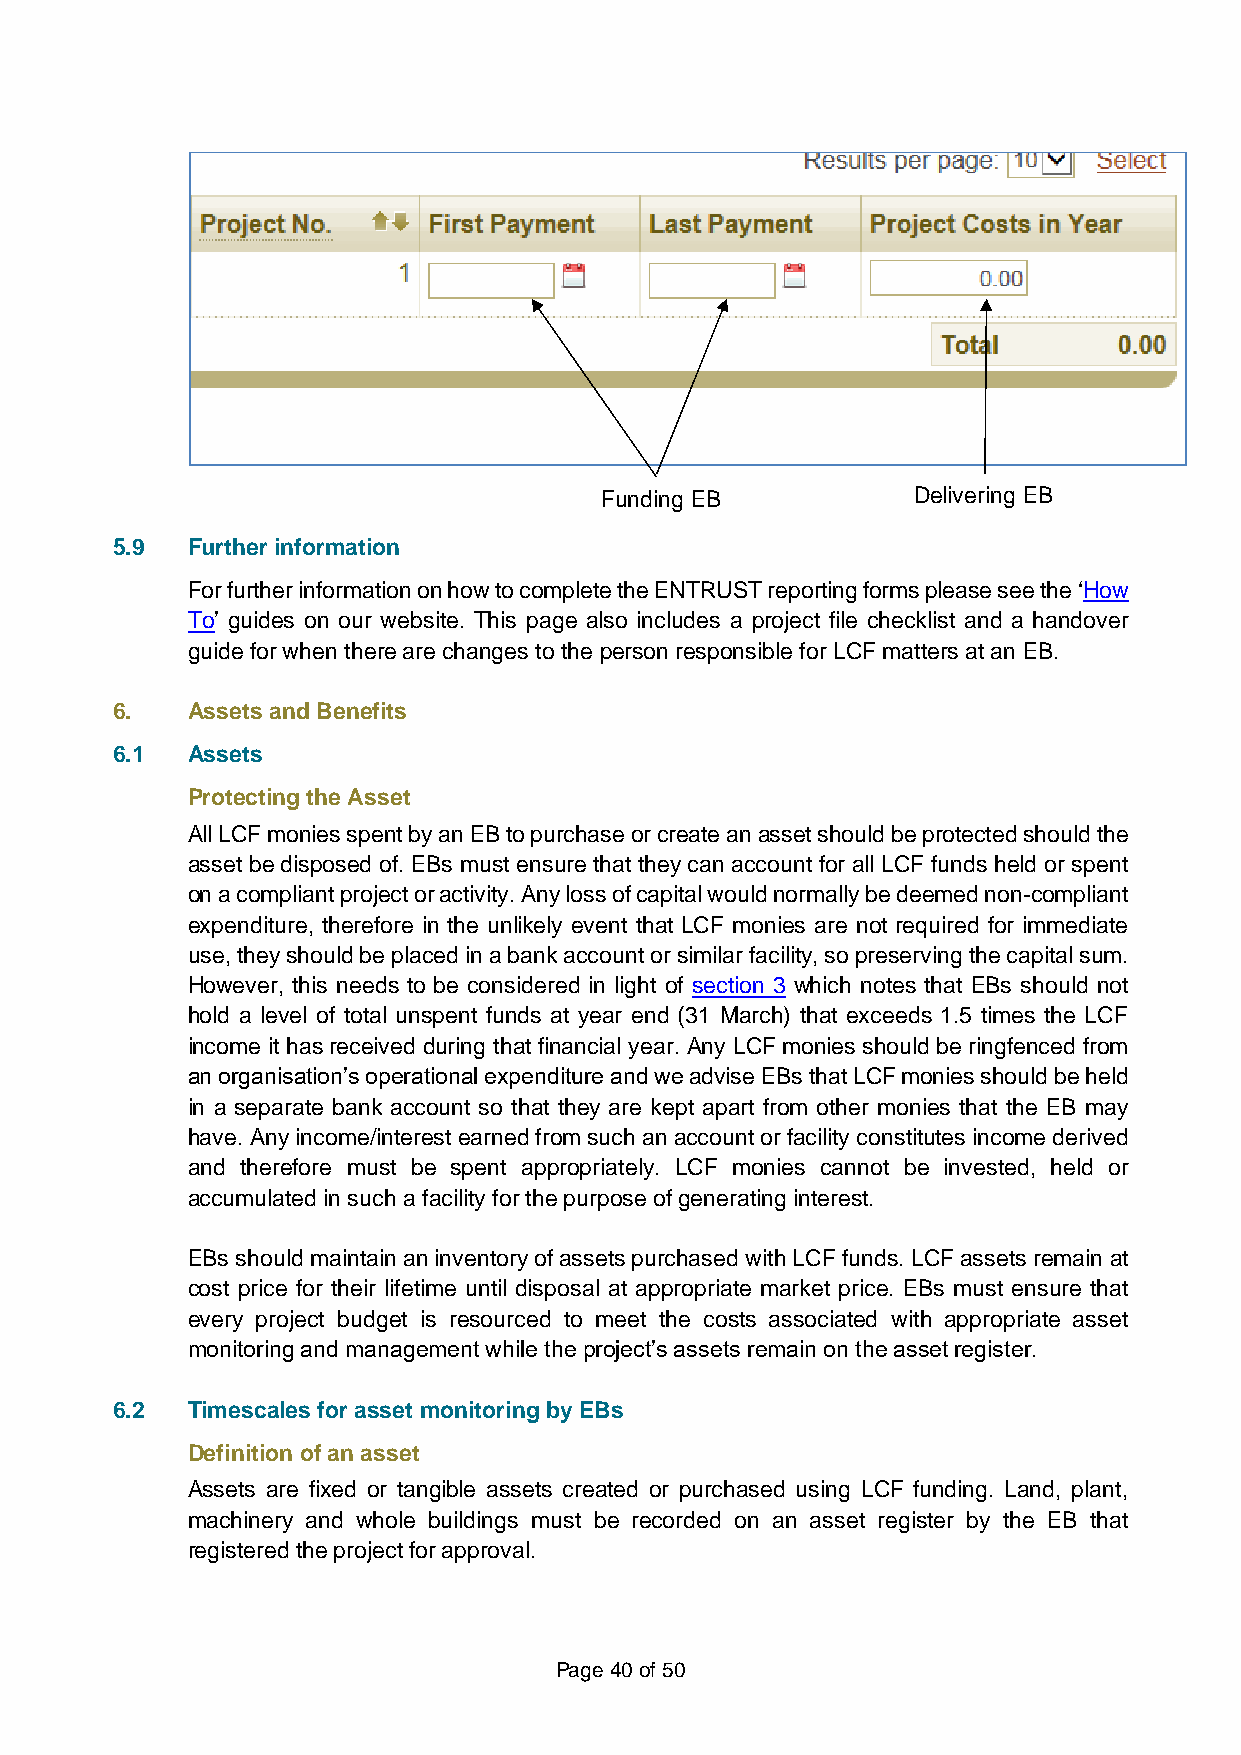
Funding EB          Delivering EB
 5.9  Further information
 For further information on how to complete the ENTRUST reporting forms please see the ‘How
 To’ guides on our website. This page also includes a project file checklist and a handover
 guide for when there are changes to the person responsible for LCF matters at an EB.
 6.   Assets and Benefits
 6.1  Assets
 Protecting the Asset
 All LCF monies spent by an EB to purchase or create an asset should be protected should the
 asset be disposed of. EBs must ensure that they can account for all LCF funds held or spent
 on a compliant project or activity. Any loss of capital would normally be deemed non-compliant
 expenditure, therefore in the unlikely event that LCF monies are not required for immediate
 use, they should be placed in a bank account or similar facility, so preserving the capital sum.
 However, this needs to be considered in light of section 3 which notes that EBs should not
 hold a level of total unspent funds at year end (31 March) that exceeds 1.5 times the LCF
 income it has received during that financial year. Any LCF monies should be ringfenced from
 an organisation’s operational expenditure and we advise EBs that LCF monies should be held
 in a separate bank account so that they are kept apart from other monies that the EB may
 have. Any income/interest earned from such an account or facility constitutes income derived
 and therefore must be spent appropriately. LCF monies cannot be invested, held or
 accumulated in such a facility for the purpose of generating interest.
 EBs should maintain an inventory of assets purchased with LCF funds. LCF assets remain at
 cost price for their lifetime until disposal at appropriate market price. EBs must ensure that
 every project budget is resourced to meet the costs associated with appropriate asset
 monitoring and management while the project’s assets remain on the asset register.
 6.2  Timescales for asset monitoring by EBs
 Definition of an asset
 Assets are fixed or tangible assets created or purchased using LCF funding. Land, plant,
 machinery and whole buildings must be recorded on an asset register by the EB that
 registered the project for approval.
 Page 40 of 50